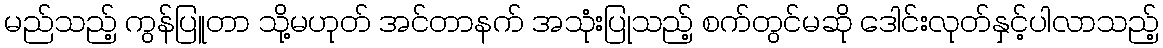
မည်သည့် ကွန်ပြူတာ သို့မဟုတ် အင်တာနက် အသုံးပြုသည့် စက်တွင်မဆို ဒေါင်းလုတ်နှင့်ပါလာသည့်